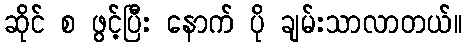
ဆိုင် စ ဖွင့်ပြီး နောက် ပို ချမ်းသာလာတယ်။